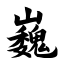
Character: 巍